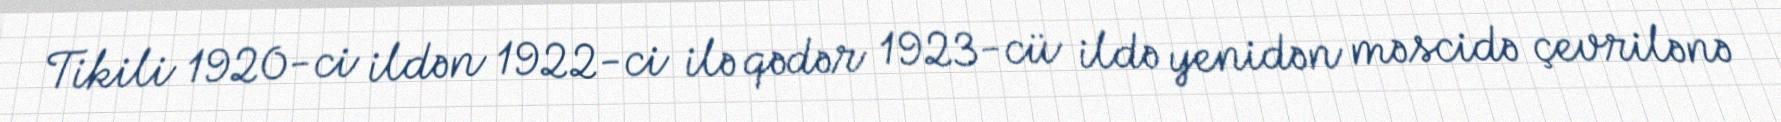
Tikili 1920-ci ildən 1922-ci ilə qədər 1923-cü ildə yenidən məscidə çevrilənə